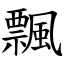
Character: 飄